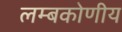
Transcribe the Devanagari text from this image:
लम्बकोणीय